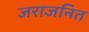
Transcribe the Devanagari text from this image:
जराजनित